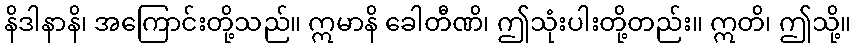
နိဒါနာနိ၊ အကြောင်းတို့သည်။ ဣမာနိ ခေါတီဏိ၊ ဤသုံးပါးတို့တည်း။ ဣတိ၊ ဤသို့။